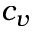
c _ { v }